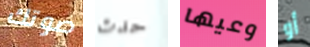
صوتك حدث وعيها أو